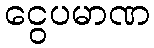
ငွေပမာဏ